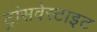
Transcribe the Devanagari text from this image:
ट्रांसवेस्टाइट